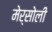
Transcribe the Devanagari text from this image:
मेर्सोली